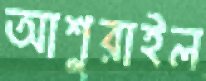
আশুরাইল